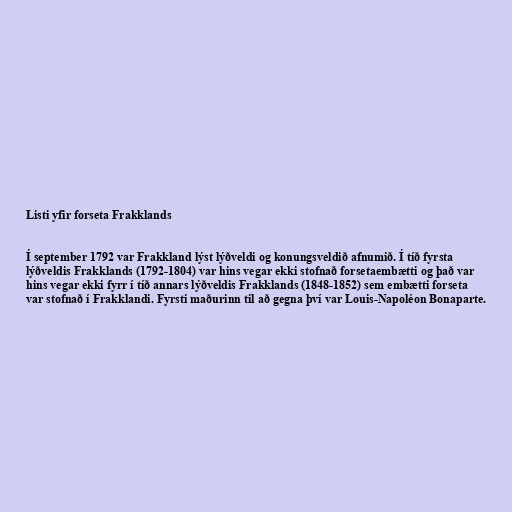
Listi yfir forseta Frakklands

Í september 1792 var Frakkland lýst lýðveldi og konungsveldið afnumið. Í tíð fyrsta
lýðveldis Frakklands (1792-1804) var hins vegar ekki stofnað forsetaembætti og það var
hins vegar ekki fyrr í tíð annars lýðveldis Frakklands (1848-1852) sem embætti forseta
var stofnað í Frakklandi. Fyrsti maðurinn til að gegna því var Louis-Napoléon Bonaparte.